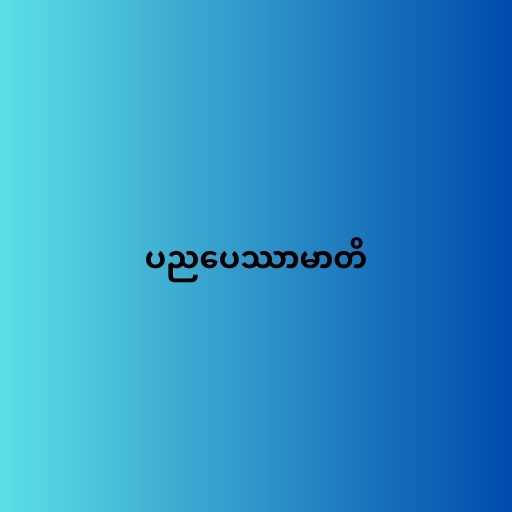
ပညပေဿာမာတိ